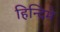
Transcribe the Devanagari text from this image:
हिन्दिमे